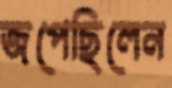
জপেছিলেন